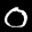
Label: 0